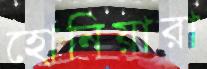
হোনিয়ারা